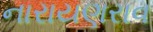
નારાયણરાવ